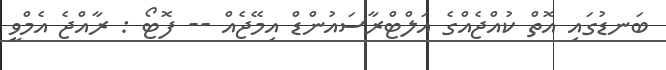
ބަނޑުގައި އޮތް ކުއްޖެއްގެ އަލްޓްރާސައުންޑް އިމޭޖެއް -- ފޮޓޯ : ރާއްޖެ އެމްވީ